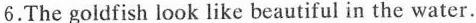
6.The goldfish look like beautiful in the water.